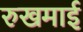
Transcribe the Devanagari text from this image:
रुखमाई